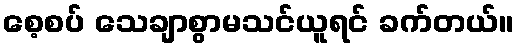
စေ့စပ် သေချာစွာမသင်ယူရင် ခက်တယ်။